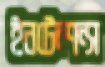
ইনটেন্শন্স